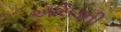
ઍસિડની